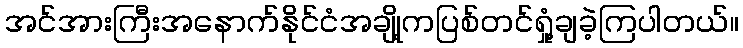
အင်အားကြီးအနောက်နိုင်ငံအချို့ကပြစ်တင်ရှုံ့ချခဲ့ကြပါတယ်။